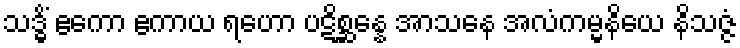
သဒ္ဓိံ ဧကော ဧကာယ ရဟော ပဋိစ္ဆန္နေ အာသနေ အလံကမ္မနိယေ နိသဇ္ဇံ